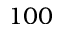
1 0 0